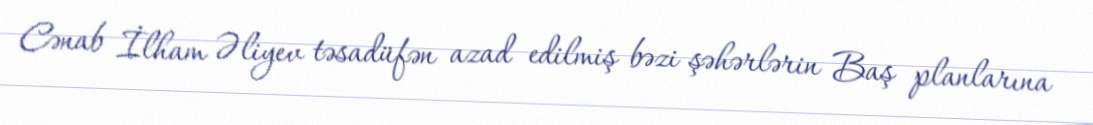
Cənab İlham Əliyev təsadüfən azad edilmiş bəzi şəhərlərin Baş planlarına